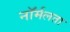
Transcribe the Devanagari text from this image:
नॉर्मलता